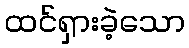
ထင်ရှားခဲ့သော